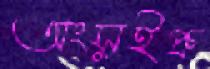
অংসুইপ্রু